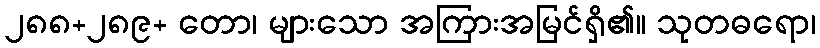
၂၈၈+၂၈၉+ တော၊ များသော အကြားအမြင်ရှိ၏။ သုတဓရော၊